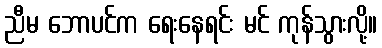
ညီမ ဘောပင်က ရေးနေရင်း မင် ကုန်သွားလို့။